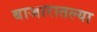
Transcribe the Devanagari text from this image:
बाजारातल्या